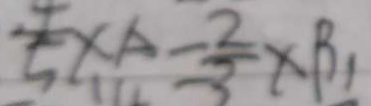
\frac { 4 } { 5 } \times A = \frac { 2 } { 3 } \times B _ { 1 }